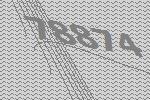
78874